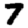
Digit: 7